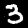
Label: 3